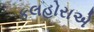
કલહોરાએ